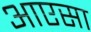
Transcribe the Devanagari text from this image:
आएसा